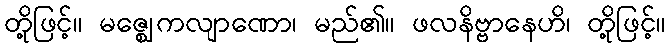
တို့ဖြင့်။ မဇ္ဈေကလျာဏော၊ မည်၏။ ဖလနိဗ္ဗာနေဟိ၊ တို့ဖြင့်။